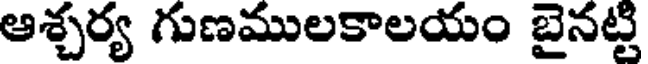
ఆశ్చర్య గుణములకాలయం బైనట్టి